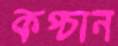
কপ্‌চান